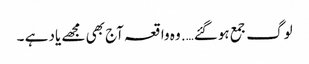
لوگ جمع ہوگئے…. وہ واقعہ آج بھی مجھے یاد ہے ۔